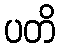
ပတိ